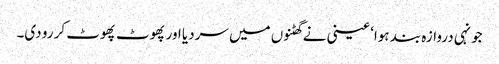
جونہی دروازہ بند ہوا‘ عینی نے گھٹنوں میں سردیا اور پھوٹ پھوٹ کر رو دی۔